Rules and regulations of the Bombay Veterinary College
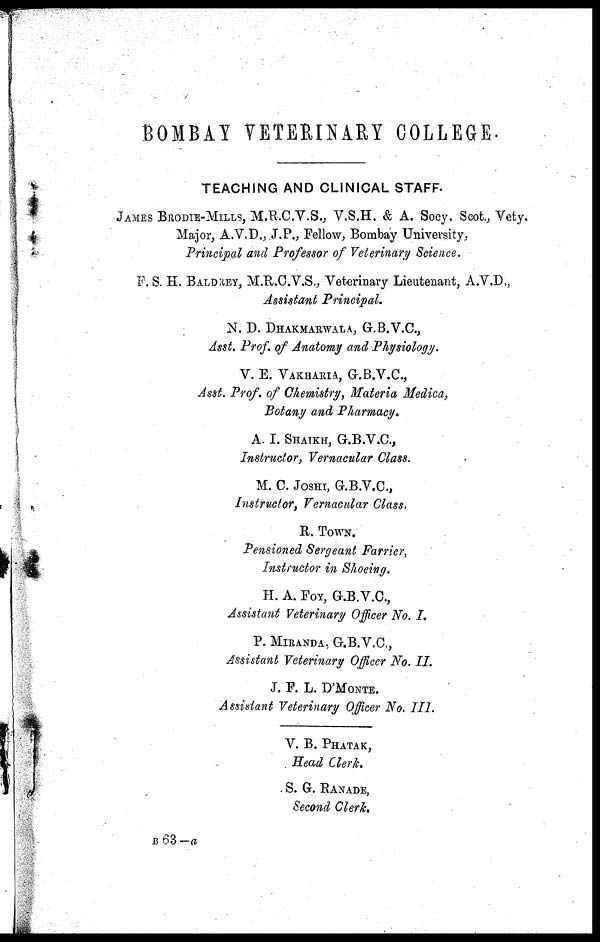
BOMBAY VETERINARY COLLEGE.
TEACHING AND CLINICAL STAFF.
JAMES BRODIE-MILLS, M.R.C.V.S., V.S.H. & A. Socy. Scot., Vety.
Major, A.V.D., J.P., Fellow, Bombay University,
Principal and Professor of Veterinary Science.
F. S. H. BALDREY, M.R.C.V.S., Veterinary Lieutenant, A.V.D.,
Assistant Principal.
N. D. DHAKMARWALA, G.B.V.C.,
Asst. Prof. of Anatomy and Physiology.
V. E. VAKHARIA, G.B.V.C.,
Asst. Prof. of Chemistry, Materia Medica,
Botany and Pharmacy.
A. I. SHAIKH, G.B.V.C.,
Instructor, Vernacular Class.
M. C. JOSHI, G.B.V.C.,
Instructor, Vernacular Class.
R. TOWN.
Pensioned Sergeant Farrier,
Instructor in Shoeing.
H. A. FOY, G.B.V.C.,
Assistant Veterinary Officer No. I.
P. MIRANDA, G.B.V.C.,
Assistant Veterinary Officer No. II.
J. F. L. D'MONTE.
Assistant Veterinary Officer No. III.
V. B. PHATAK,
Head Clerk.
S. G. RANADE,
Second Clerk.
B 63— a